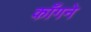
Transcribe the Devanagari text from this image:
काँगने